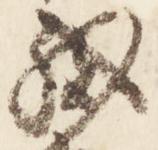
職